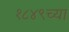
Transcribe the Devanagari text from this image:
१८४९च्या